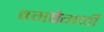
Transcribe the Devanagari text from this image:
वगवेगळी